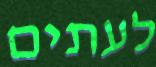
לעתים